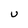
Character: U